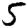
Digit: 5